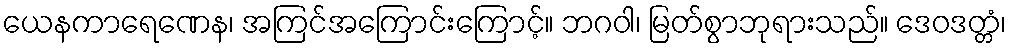
ယေနကာရေဏေန၊ အကြင်အကြောင်းကြောင့်။ ဘဂဝါ၊ မြတ်စွာဘုရားသည်။ ဒေဝဒတ္တံ၊